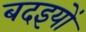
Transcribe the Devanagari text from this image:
बदइयों